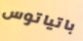
باتياتوس